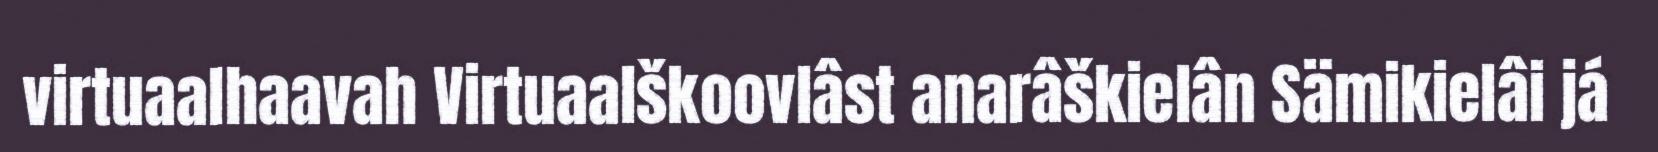
virtuaalhaavah Virtuaalškoovlâst anarâškielân Sämikielâi já